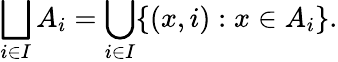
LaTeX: \bigsqcup_{i\in I}A_{i}=\bigcup_{i\in I}\{ (x,i):x\in A_{i}\} .